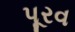
પૂરવ